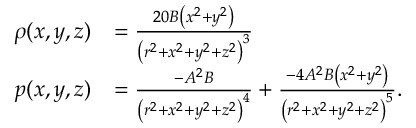
{ \begin{array} { r l } { \rho ( x , y , z ) } & { = { \frac { 2 0 B \left( x ^ { 2 } + y ^ { 2 } \right) } { \left( r ^ { 2 } + x ^ { 2 } + y ^ { 2 } + z ^ { 2 } \right) ^ { 3 } } } } \\ { p ( x , y , z ) } & { = { \frac { - A ^ { 2 } B } { \left( r ^ { 2 } + x ^ { 2 } + y ^ { 2 } + z ^ { 2 } \right) ^ { 4 } } } + { \frac { - 4 A ^ { 2 } B \left( x ^ { 2 } + y ^ { 2 } \right) } { \left( r ^ { 2 } + x ^ { 2 } + y ^ { 2 } + z ^ { 2 } \right) ^ { 5 } } } . } \end{array} }